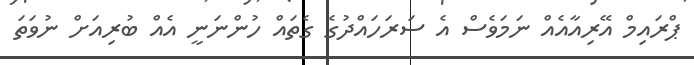
ޕްރައިމް އޭރިއާއެއް ނަމަވެސް އެ ސަރަހައްދުގެ ގެތައް ހުންނަނީ އެއް ބުރިއަށް ނުވަތަ